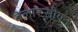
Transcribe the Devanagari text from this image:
बेलारूसीयन